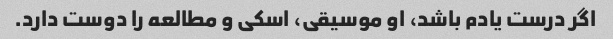
اگر درست یادم باشد، او موسیقی، اسکی و مطالعه را دوست دارد.